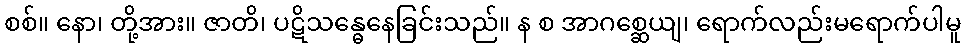
စစ်။ နော၊ တို့အား။ ဇာတိ၊ ပဋိသန္ဓေနေခြင်းသည်။ န စ အာဂစ္ဆေယျ၊ ရောက်လည်းမရောက်ပါမူ